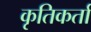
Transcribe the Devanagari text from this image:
कृतिकर्ता